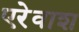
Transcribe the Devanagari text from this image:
एरेवाश